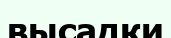
высадки